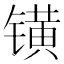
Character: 𨱑